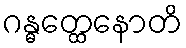
ဂန္ဓတ္ထေနောတိ